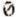
0